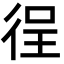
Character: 徎